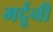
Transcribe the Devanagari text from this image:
मर्दूनी